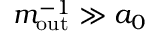
m _ { \mathrm { o u t } } ^ { - 1 } \gg a _ { 0 }